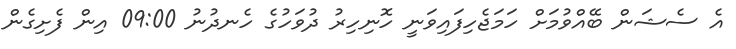
އެ ސެޝަން ބޭއްވުމަށް ހަމަޖެހިފައިވަނީ ހޮނިހިރު ދުވަހުގެ ހެނދުނު 09:00 އިން ފެށިގެން